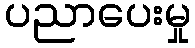
ပညာပေးမှု